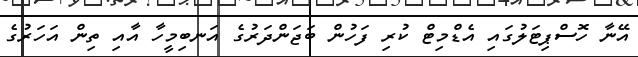
އޭނާ ހޮސްޕިޓަލުގައި އެޑްމިޓް ކުރި ފަހުން ބަޖަންދަރުގެ އަނބިމީހާ އާއި ތިން އަހަރުގެ